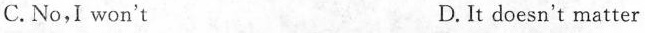
C.No,I won't D.It doesn't matter